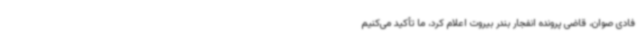
فادی صوان، قاضی پرونده انفجار بندر بیروت اعلام کرد، ما تأکید می‌کنیم